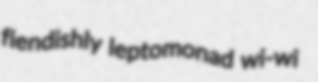
fiendishly leptomonad wi-wi